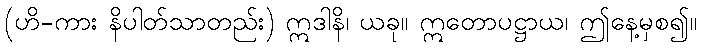
(ဟိ-ကား နိပါတ်သာတည်း) ဣဒါနိ၊ ယခု။ ဣတောပဋ္ဌာယ၊ ဤနေ့မှစ၍။